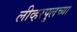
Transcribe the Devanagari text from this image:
लीव्हरपुलच्या